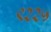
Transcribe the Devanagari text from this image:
९२२५